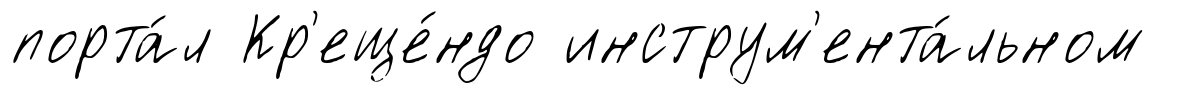
порта́л Кр'еще́ндо инструм'ента́льном